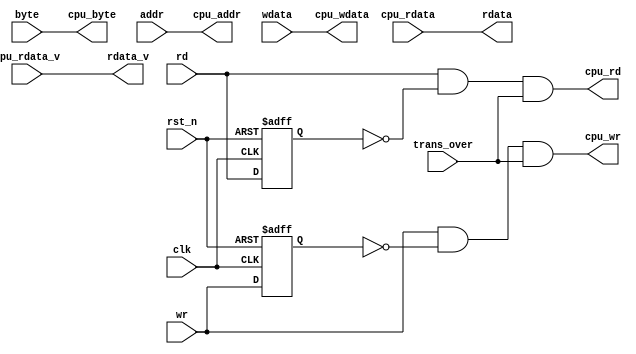
`timescale 1ns / 1ps
//////////////////////////////////////////////////////////////////////////////////
// Company: 
// Engineer: 
// 
// Design Name: 
// Module Name: cpu
// Project Name: 
// Target Devices: 
// Tool Versions: 
// Description: 
// 
// Dependencies: 
// 
// Revision:
// Revision 0.01 - File Created
// Additional Comments:
// 
//////////////////////////////////////////////////////////////////////////////////


module cpu (
    input  wire        clk        ,
    input  wire        rst_n      ,
    input  wire        wr         ,
    input  wire        rd         ,
    input  wire [3:0]  byte       ,
    input  wire [3:0]  addr       ,
    input  wire [31:0] wdata      ,
    output wire        rdata_v    ,
    output wire [31:0] rdata      ,
    output wire        cpu_wr     ,
    output wire        cpu_rd     ,
    output wire [3:0]  cpu_byte   ,
    output wire [3:0]  cpu_addr   ,
    output wire [31:0] cpu_wdata  ,
    input  wire        cpu_rdata_v,  
    input  wire [31:0] cpu_rdata  ,
    input  wire        trans_over
);

reg wr_ff;
reg rd_ff;

always @ (posedge clk or negedge rst_n) begin
    if (~rst_n) wr_ff <= 1'b0;
    else        wr_ff <= wr;
end

always @ (posedge clk or negedge rst_n) begin
    if (~rst_n) rd_ff <= 1'b0;
    else        rd_ff <= rd;
end

assign cpu_wr = wr & ~wr_ff & trans_over;
assign cpu_rd = rd & ~rd_ff & trans_over;

assign cpu_byte = byte;

assign cpu_addr = addr;

assign cpu_wdata = wdata;

assign rdata_v = cpu_rdata_v;

assign rdata = cpu_rdata;

endmodule